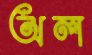
অল